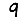
Digit: 9